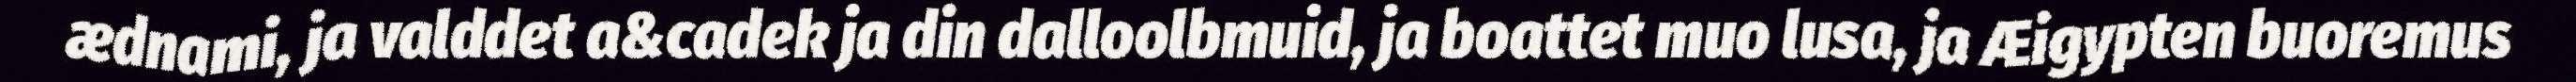
ædnami, ja valddet a&cadek ja din dalloolbmuid, ja boattet muo lusa, ja Æigypten buoremus